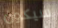
سيكون